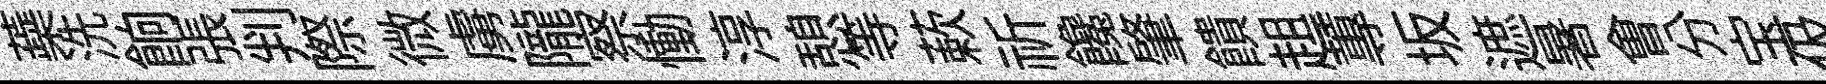
蘃洗餉張判際微虜隴察慟淳憩等蔌祈饞肇饋趄蓴坂遮暑㑹分宝伋